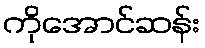
ကိုအောင်ဆန်း